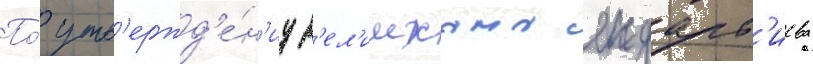
По́ утв'ержд'е́н'иу з'ел'имхана яндарб'иева